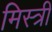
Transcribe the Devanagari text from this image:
मिस्‍त्री